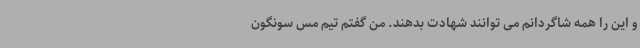
و این را همه شاگردانم می توانند شهادت بدهند. من گفتم تیم مس سونگون